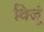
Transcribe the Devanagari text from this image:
विजूं